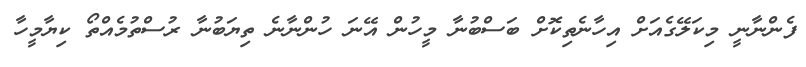
ފެންނާނީ މިކަލޭގެއަށް އިހާނެތިކޮށް ބަސްބުނާ މީހުން އޭނަ ހުންނާނެ ތިޔަބުނާ ރުސްތުމެއްތޯ ކިޔާމީހާ